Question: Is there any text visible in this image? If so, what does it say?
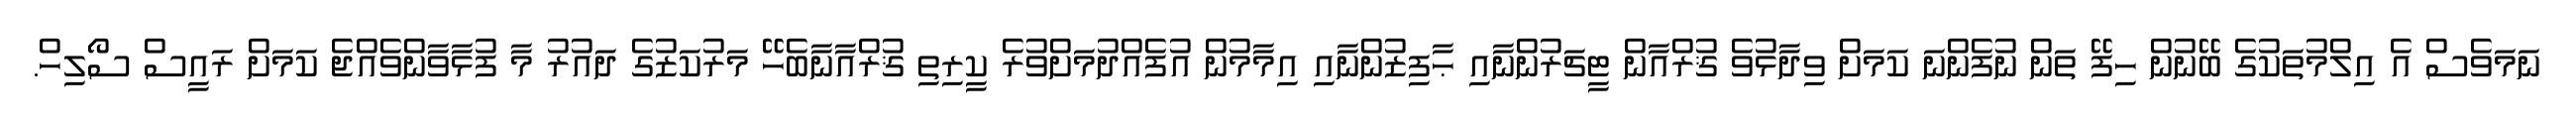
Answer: ނަމަވެސް އެ އިލްމުތަކުގެ ބޭނުން ހިފޭ ތަން ނުފެންނަ ކަމަށް ވިދާޅުވެ ޤުރްއާން ޓީޗަރުންނާއި ޙާފިޒުންނާއި އިމާމުން އުފެއްދުމަށްވުރެ ކީރިތި ޤުރްއާނާބެހޭ މަރުކަޒުގެ ދައުރު މާ ފުޅާވާންވެއްޖެ ކަމަށް ރައީސް ސޯލިހް.